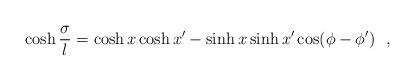
LaTeX: \begin{align*}\cosh {\sigma\over l}=\cosh x \cosh x'-\sinh x \sinh x' \cos (\phi-\phi ')~~,\end{align*}